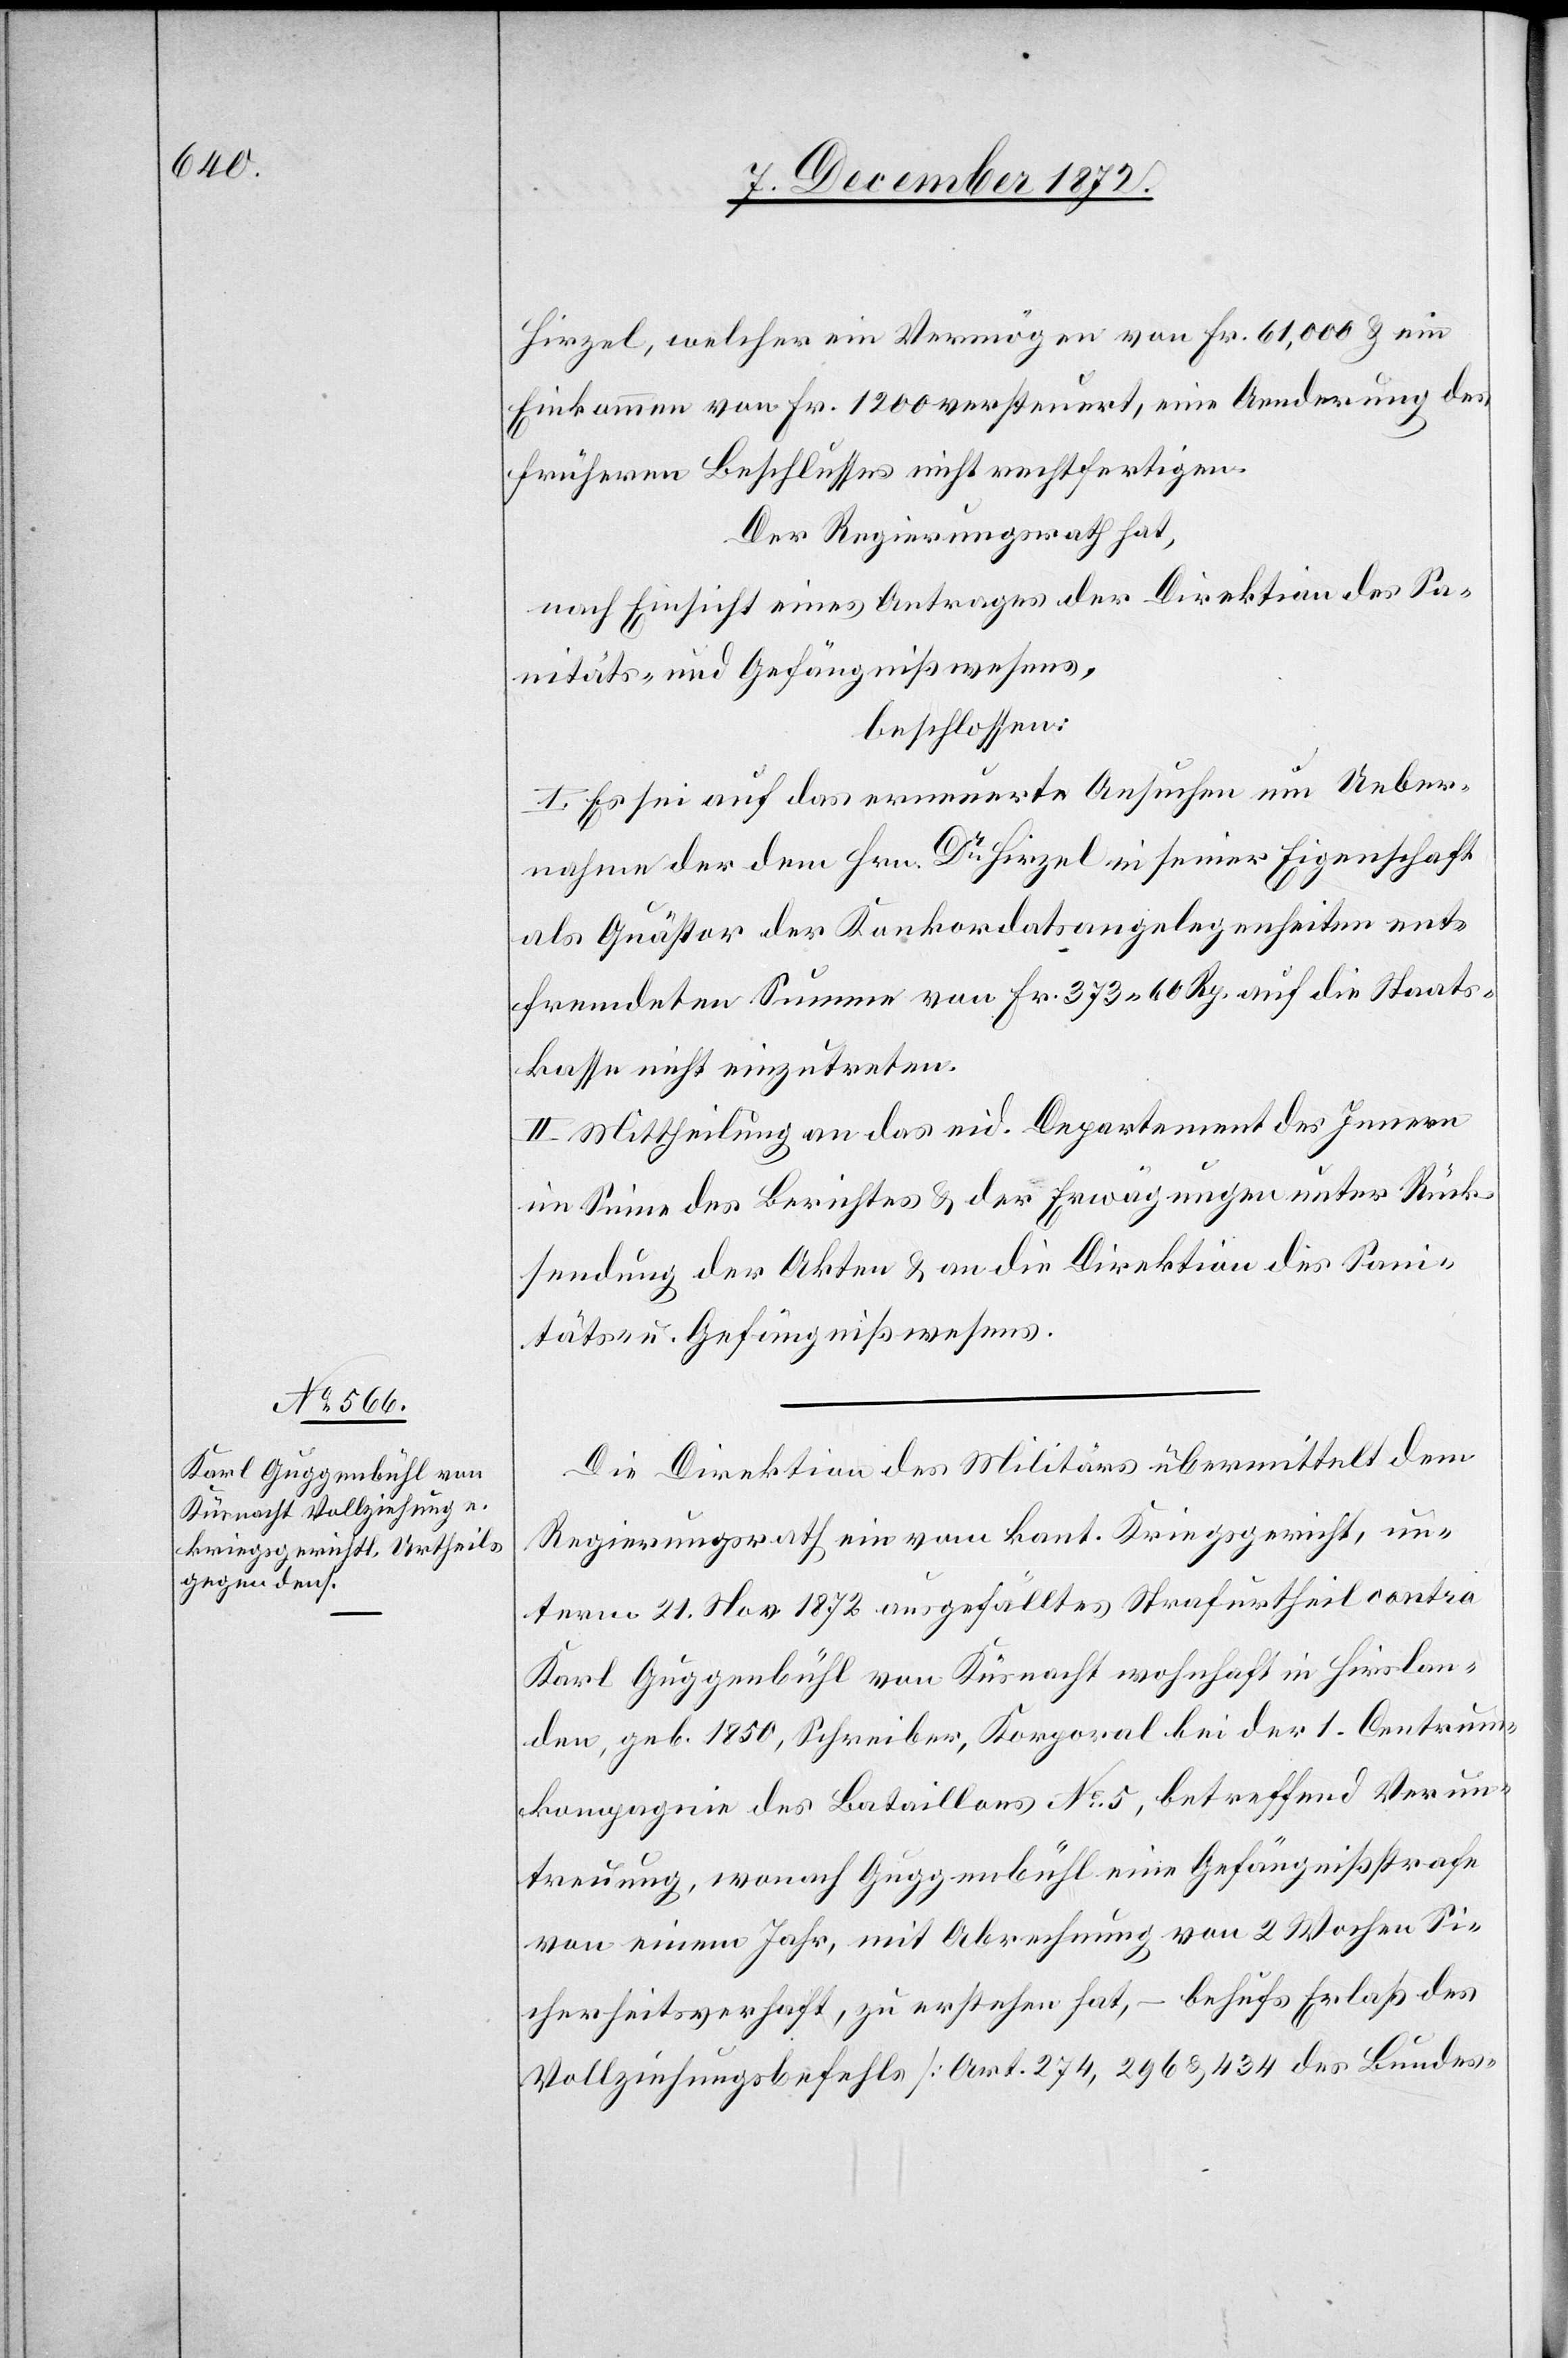
Hirzel, welcher ein Vermögen von Fr. 61,000 u. ein
Einkommen von Fr. 1200 versteuert, eine Aenderung des
früheren Beschlusses nicht rechtfertigen.
Der Regierungsrath hat,
nach Einsicht eines Antrages der Direktion des Sa¬
nitäts- u. Gefängnißwesens,
beschlossen:
I. Es sei auf das erneuerte Ansuchen um Ueber¬
nahme der dem Hrn. Dr Hirzel in seiner Eigenschaft
als Quästor der Konkordatsangelegenheiten ent¬
fremdeten Summe von Fr. 373 60 Rp. auf die Staats¬
kasse nicht einzutreten.
II. Mittheilung an das eid. Departement des Innern
im Sinne des Berichtes u. der Erwägungen unter Rück¬
sendung der Akten u. an die Direktion des Sani¬
täts- u. Gefängnißwesens.
Die Direktion des Militärs übermittelt dem
Regierungsrath ein vom kant. Kriegsgericht, un¬
term 21. Nov. 1872 ausgefälltes Strafurtheil contra
Karl Guggenbühl von Küsnacht wohnhaft in Hirslan¬
den, geb. 1850, Schreiber, Korporal bei der 1. Centrum¬
kompagnie des Bataillons No 5, betreffend Verun¬
treuung, wonach Guggenbühl eine Gefängnißstrafe
von einem Jahr, mit Abrechnung von 2 Wochen Si¬
cherheitsverhaft, zu erstehen hat, – behufs Erlaß des
Vollziehungsbefehls [Art. 274, 296 u. 434 des Bundes-